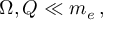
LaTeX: \Omega , { \cal Q } \ll m _ { e } \, ,